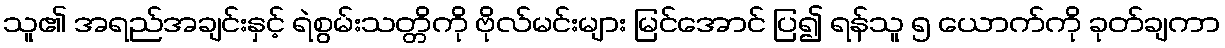
သူ၏ အရည်အချင်းနှင့် ရဲစွမ်းသတ္တိကို ဗိုလ်မင်းများ မြင်အောင် ပြ၍ ရန်သူ ၅ ယောက်ကို ခုတ်ချကာ